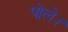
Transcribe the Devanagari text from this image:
पोले।